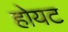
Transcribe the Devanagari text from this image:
होयट